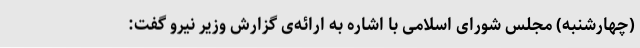
(چهارشنبه) مجلس شورای اسلامی با اشاره به ارائه‌ی گزارش وزیر نیرو گفت: